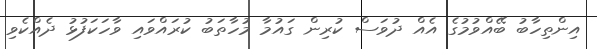
އިންތިހާބު ބޭއްވުމުގެ އެއް ދުވަސް ކުރިން ގައުމާ މުހާތަބު ކުރައްވައި ވާހަކަފުޅު ދެއްކެވި